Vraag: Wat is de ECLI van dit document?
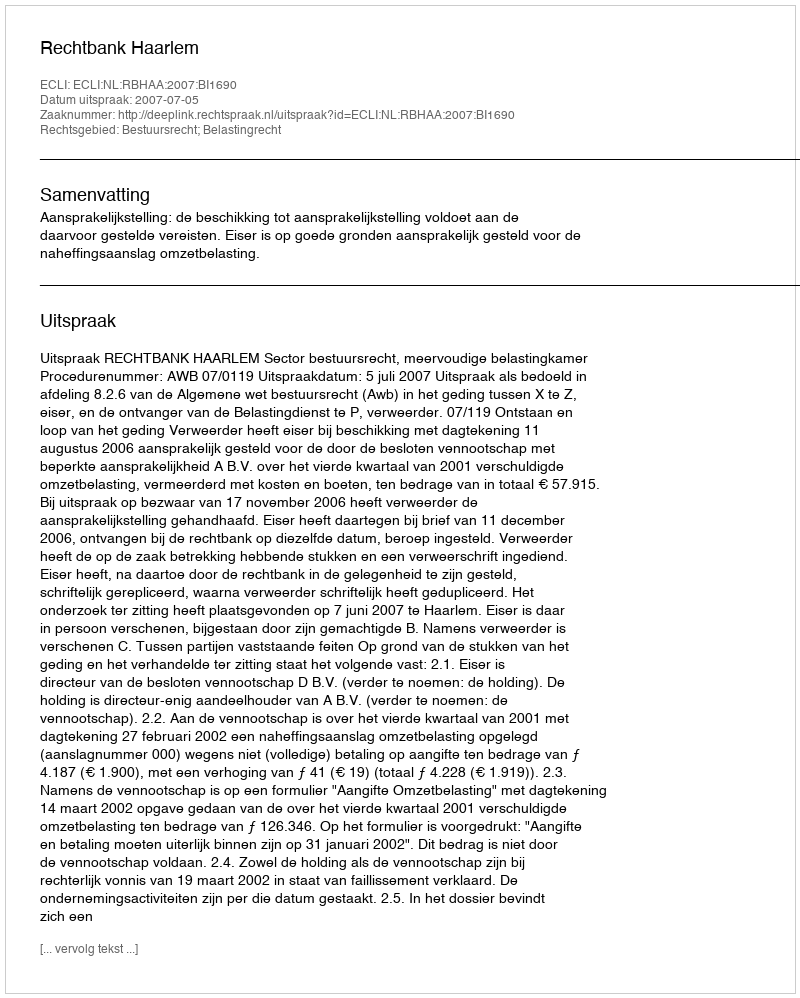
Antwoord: ECLI:NL:RBHAA:2007:BI1690